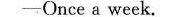
-Once a week.